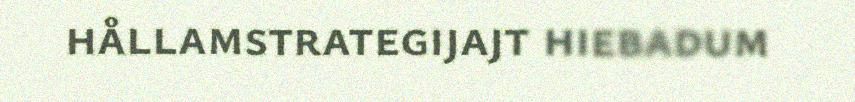
hållamstrategijajt hiebadum